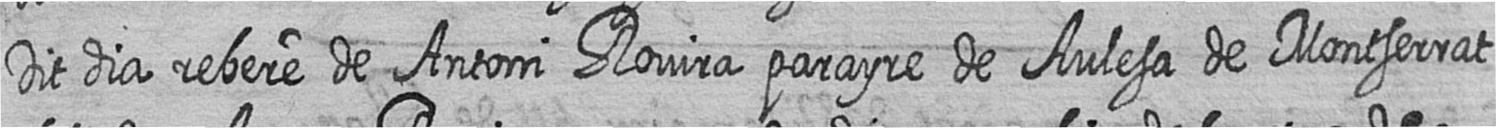
Dit dia rebere de Antoni Rovira parayre de Aulesa de Montserrat